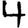
Digit: 4